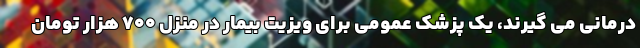
درمانی می گیرند، یک پزشک عمومی برای ویزیت بیمار در منزل ۷۰۰ هزار تومان